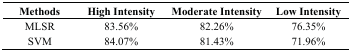
| Methods | High Intensity | Moderate Intensity | Low Intensity |
 | --- | --- | --- | --- |
 | MLSR | 83.56% | 82.26% | 76.35% |
 | SVM | 84.07% | 81.43% | 71.96% |